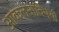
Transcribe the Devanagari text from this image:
आकलनाविषयी